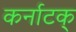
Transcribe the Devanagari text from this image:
कर्नाटक्